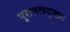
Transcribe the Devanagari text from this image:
पुरातत्त्वदृष्ट्या